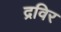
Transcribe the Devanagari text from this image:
द्रविर